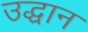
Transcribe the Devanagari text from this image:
उद्धान